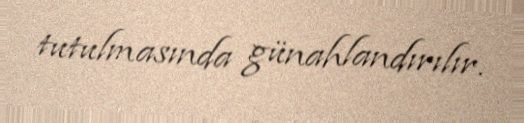
tutulmasında günahlandırılır.